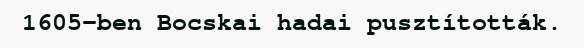
1605-ben Bocskai hadai pusztították.